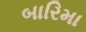
બારિમા